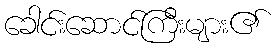
ခေါင်းဆောင်ကြီးများ၏